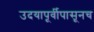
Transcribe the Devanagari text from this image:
उदयापूर्वीपासूनच